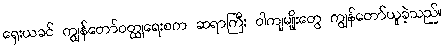
ရှေးယခင် ကျွန်တော်ဝတ္ထုရေးစက ဆရာကြီး ဝါကျမျိုးတွေ ကျွန်တော်ယူခဲ့သည်။